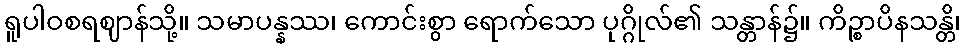
ရူပါဝစရဈာန်သို့။ သမာပန္နဿ၊ ကောင်းစွာ ရောက်သော ပုဂ္ဂိုလ်၏ သန္တာန်၌။ ကိဉ္စာပိနသန္တိ၊